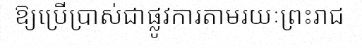
ឱ្យប្រើប្រាស់ជាផ្លូវការតាមរយៈព្រះរាជ